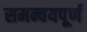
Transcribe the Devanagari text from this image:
समन्वयपूर्ण